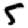
Digit: 5